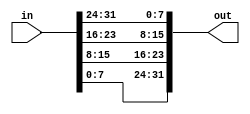
//2022-06-04 
//Vector part select
module top_module( 
    input [31:0] in,
    output [31:0] out );//

    assign out={in[7:0],in[15:8],in[23:16],in[31:24]};

endmodule